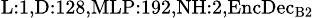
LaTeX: _{\textrm{L}:1,\textrm{D}:128,\textrm{MLP}:192,\textrm{NH}:2,\textrm{EncDec}_{\textrm{B}2}}